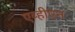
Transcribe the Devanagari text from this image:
एव्हीएन